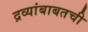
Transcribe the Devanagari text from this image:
द्रव्यांबाबतची